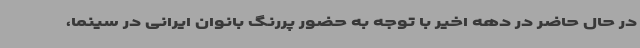
در حال حاضر در دهه اخیر با توجه به حضور پررنگ بانوان ایرانی در سینما،